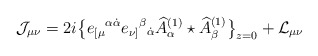
\begin{align*}\mathcal{J}_{\mu\nu} = 2i\big\{e_{[\mu}{}^{\alpha\dot\alpha} e_{\nu]}{}^\beta{}_{\dot\alpha} \widehat A^{(1)}_\alpha\star \widehat A^{(1)}_\beta \big\}_{z=0} + \mathcal{L}_{\mu\nu}\end{align*}